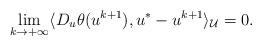
LaTeX: \begin{align*}\lim\limits_{k\rightarrow +\infty}\langle D_u\theta(u^{k+1}), u^* - u^{k+1} \rangle_\mathcal{U} = 0.\end{align*}